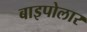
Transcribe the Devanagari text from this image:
बाइपोलार